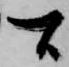
間